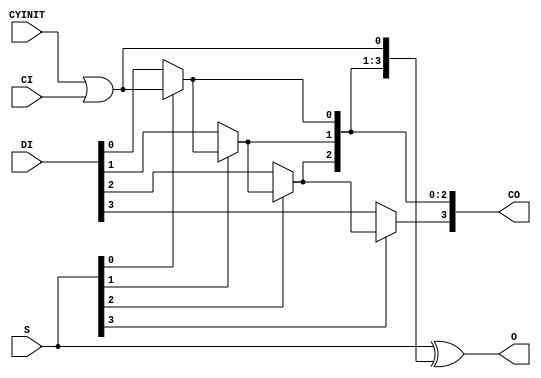
// $Header: /devl/xcs/repo/env/Databases/CAEInterfaces/verunilibs/data/rainier/CARRY4.v,v 1.4.146.1 2007/03/09 18:12:55 patrickp Exp $
///////////////////////////////////////////////////////////////////////////////
// Copyright (c) 1995/2004 Xilinx, Inc.
// All Right Reserved.
///////////////////////////////////////////////////////////////////////////////
//   ____  ____
//  /   /\/   /
// /___/  \  /    Vendor : Xilinx
// \   \   \/     Version : 8.1i (I.19)
//  \   \         Description : Xilinx Functional Simulation Library Component
//  /   /                  Fast Carry Logic with Look Ahead 
// /___/   /\     Filename : CARRY4.v
// \   \  /  \    Timestamp : Thu Mar 25 16:42:55 PST 2004
//  \___\/\___\
//
// Revision:
//    04/11/05 - Initial version.
//    05/06/05 - Unused CYINT or CI pin need grounded instead of open (CR207752)
//    05/31/05 - Change pin order, remove connection check for CYINIT and CI.
// End Revision

`timescale  100 ps / 10 ps


module CARRY4 (CO, O, CI, CYINIT, DI, S);

    output [3:0] CO;
    output [3:0] O;
    input        CI;
    input        CYINIT;
    input  [3:0] DI;
    input  [3:0] S;

    wire ci_or_cyinit;

//    initial
//       ci_or_cyinit = 0;

    assign O = S ^ {CO[2:0], ci_or_cyinit};
    assign CO[0] = S[0] ? ci_or_cyinit : DI[0];
    assign CO[1] = S[1] ? CO[0] : DI[1];
    assign CO[2] = S[2] ? CO[1] : DI[2];
    assign CO[3] = S[3] ? CO[2] : DI[3];
    assign ci_or_cyinit = CYINIT | CI;

//    always @(CYINIT or CI)
//      if (CYINIT === 1'bz || CYINIT === 1'bx) begin
//           $display("Error: CARRY4 instance, %m, detects CYINIT unconnected. Only one of CI and CYINIT inputs can be used and other one need be grounded.");
//           $finish;
//     end
//      else if (CI=== 1'bz || CI=== 1'bx) begin
//           $display("Error: CARRY4 instance, %m, detects CI unconnected. Only one of CI and CYINIT inputs can be used and other one need be grounded.");
//           $finish;
//     end
//      else 
//           ci_or_cyinit = CYINIT | CI;

endmodule